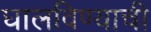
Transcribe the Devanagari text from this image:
घालविण्याची